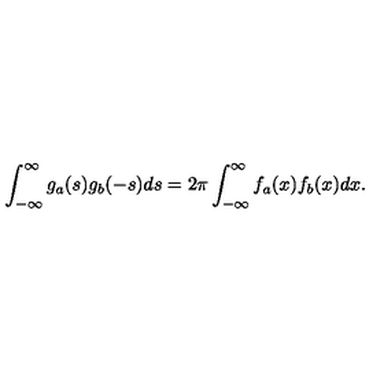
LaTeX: \int _ { - \infty } ^ { \infty } g _ { a } ( s ) g _ { b } ( - s ) d s = 2 \pi \int _ { - \infty } ^ { \infty } f _ { a } ( x ) f _ { b } ( x ) d x .